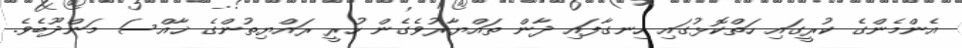
އެންމެންގެ ކުރީގައި ހަތްކޮޅުގައި ހިނގާފައި ދާން ތައްޔާރުވެގެން ހުރީ ރައްޔިތުންގެ ޚާއްސަ މަންދޫބެވެ.